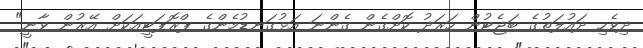
ދިވެހި ދައުލަތުގެ ބަޖެޓުން ހަރަދު ކޮށްގެން ގެންނަ އަޅުގަނޑުމެންގެ ޕްރޮޕަޓީއަކަށް އޭރުން ވާނީ"